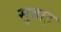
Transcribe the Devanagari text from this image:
सुबाह